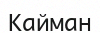
Кайман